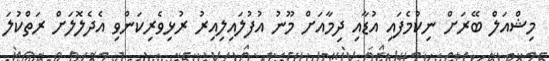
މިޝްއަލް ބޭރަށް ނިކުމެފައި އުޑާއި ދިމާއަށް މޫނު އުފުލައިލިއިރު ރުޅިވެރިކަންވި އެދެލޮލަށް ރަތްކުލަ